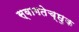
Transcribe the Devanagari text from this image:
स्वागतेच्छुक